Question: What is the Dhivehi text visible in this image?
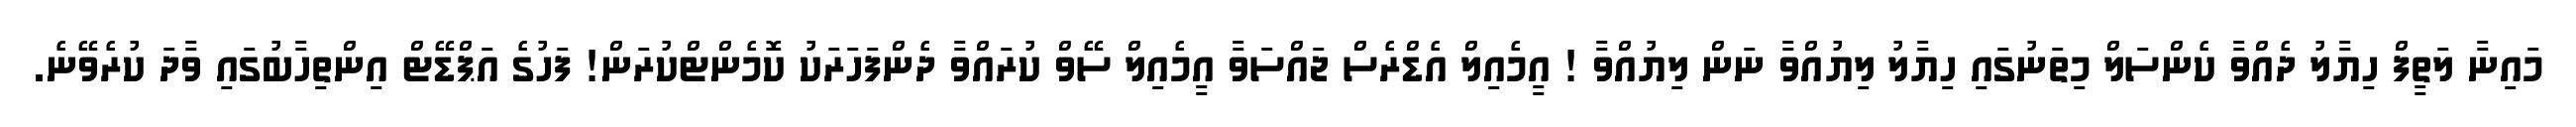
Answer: މައިނާ ލަތީފް ހިޔާލު ދެއްވާ ކެންސަލް މިތަނުގައި ހިޔާލު ލިޔުއްވާ ނަން ލިޔުއްވާ ! އީމެއިލް އެޑްރެސް ޖައްސަވާ އީމެއިލް ސޭވް ކުރައްވާ ދެންފަހަރަކު ކޮމެންޓްކުރަން! ފަހުގެ އަޕްޑޭޓް އިންތިހާބުގައި ވާދަ ކުރެވޭނެ.